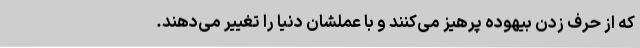
که از حرف زدن بیهوده پرهیز می‌کنند و با عملشان دنیا را تغییر می‌دهند.